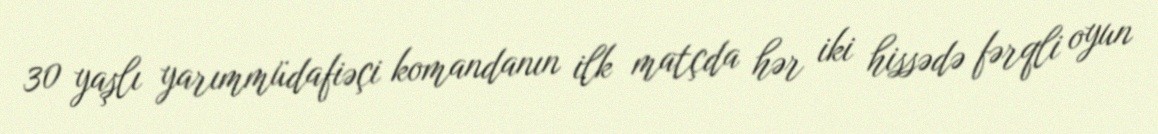
30 yaşlı yarımmüdafiəçi komandanın ilk matçda hər iki hissədə fərqli oyun